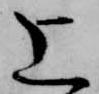
上